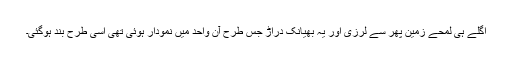
اگلے ہی لمحے زمین پھر سے لرزی اور یہ بھیانک دراڑ جس طرح آن واحد میں نمودار ہوئی تھی اسی طرح بند ہوگئی۔